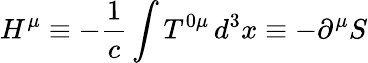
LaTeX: H^{\mu}\equiv-\frac{1}{c}\int T^{0\mu}\, d^{3}x\equiv-\partial^{\mu}S